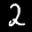
Label: 2